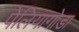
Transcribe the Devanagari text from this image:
पेलियागोडा